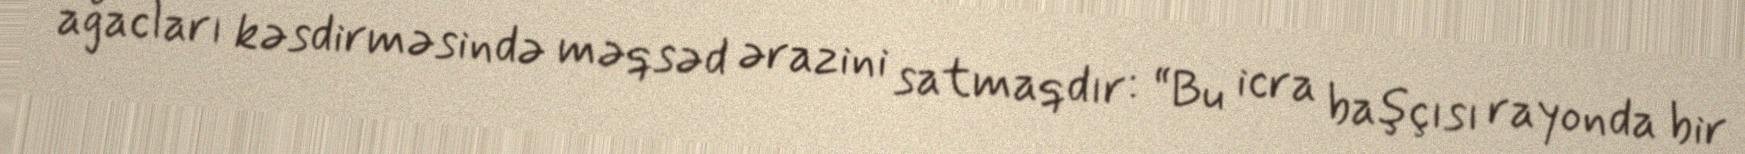
ağacları kəsdirməsində məqsəd ərazini satmaqdır: “Bu icra başçısı rayonda bir